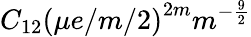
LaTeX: C_{12}\left(\mu e/m/2\right)^{2m}m^{-\frac{9}{2}}